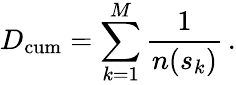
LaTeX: D_{\mathrm{cum}}=\sum_{k=1}^{M}\frac{1}{n(s_{k})}\, .